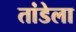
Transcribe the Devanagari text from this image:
तांडेला